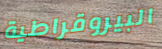
البيروقراطية